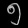
Digit: ၅